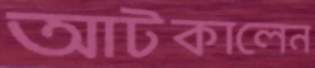
আটকালেন